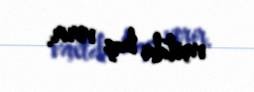
vaxtda baş verir.